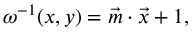
\omega ^ { - 1 } ( x , y ) = \vec { m } \cdot \vec { x } + 1 ,